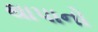
થાપાનો